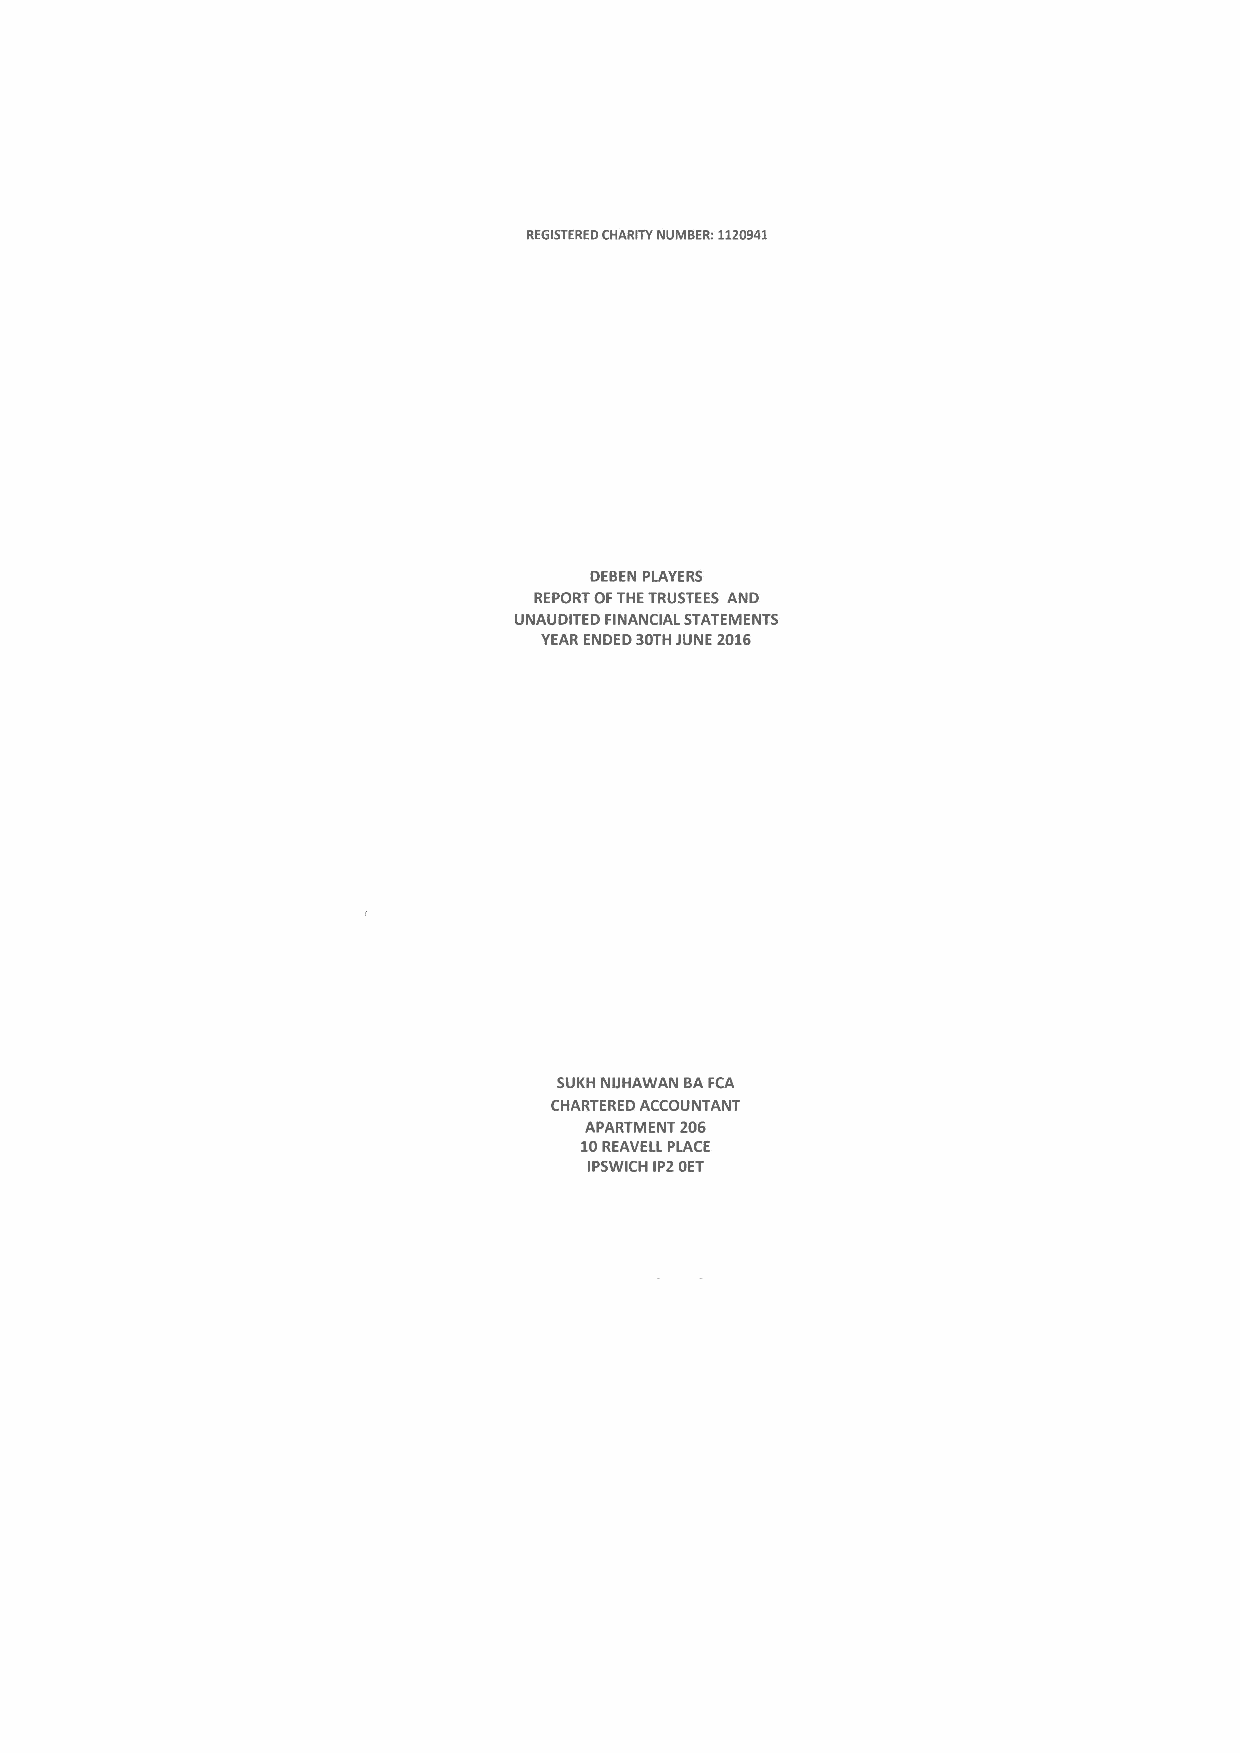
REGISTEREDCHARITY NUMBER: 1120941
 DEBEN PLAYERS
 REPORTOFTHETRUSTEES AND
 UNAUDITED FINANCIAL STATEMENTS
 YEAR ENDED BOTHJUNE 2016
 SUKH NUHAWAN BAFCA
 CHARTERED ACCOUNTANT
 APARTMENT 206
 10REAVELL PLACE
 IPSWICH IP2OET